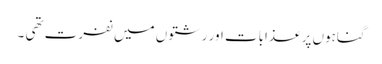
گناہوں پر عذابات اور رشتوں میں نفرت تھی ۔